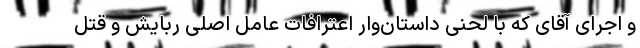
و اجرای آقای که با لحنی داستان‌وار اعترافات عامل اصلی ربایش و قتل